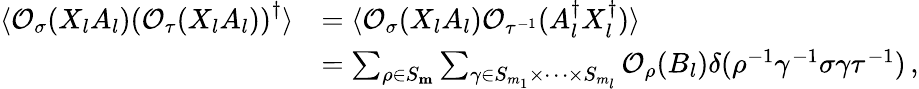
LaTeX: \begin{array}{rl}{\langle\mathcal{O}_{\sigma}(X_{l}A_{l})\left(\mathcal{O}_{\tau}(X_{l}A_{l})\right)^{\dagger}\rangle}&{=\langle\mathcal{O}_{\sigma}(X_{l}A_{l})\mathcal{O}_{\tau^{-1}}(A_{l}^{\dagger}X_{l}^{\dagger})\rangle}\\ {}&{=\sum_{\rho\in S_{\mathbf{m}}}\sum_{\gamma\in S_{m_{1}}\times\dots\times S_{m_{l}}}\mathcal{O}_{\rho}(B_{l})\delta(\rho^{-1}\gamma^{-1}\sigma\gamma\tau^{-1})\, ,}\end{array}